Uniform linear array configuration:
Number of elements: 32
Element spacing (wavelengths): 1
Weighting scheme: blackman
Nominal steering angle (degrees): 15
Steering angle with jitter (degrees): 14.666
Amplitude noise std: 0.05
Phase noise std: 0.05

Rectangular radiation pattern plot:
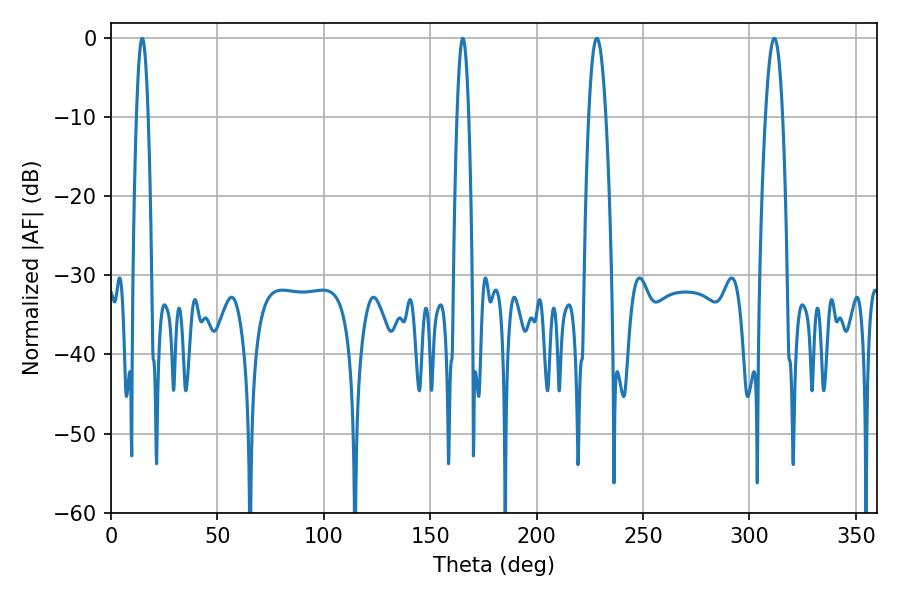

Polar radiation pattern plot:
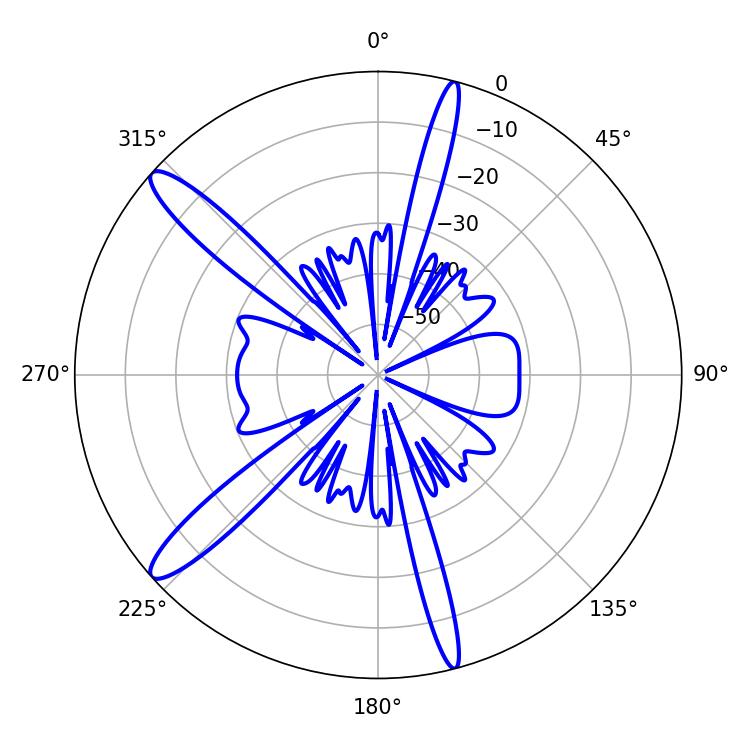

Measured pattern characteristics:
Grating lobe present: TRUE
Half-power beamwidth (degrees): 4.5
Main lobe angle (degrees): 311.76